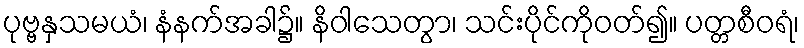
ပုဗ္ဗနှသမယံ၊ နံနက်အခါ၌။ နိဝါသေတွာ၊ သင်းပိုင်ကိုဝတ်၍။ ပတ္တစီဝရံ၊